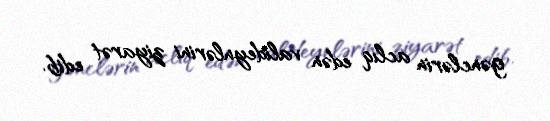
gənclərin aclıq edən valideynlərini ziyarət edib.